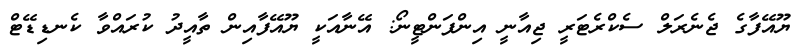
ޔޫއޭފާގެ ޖެނެރަލް ސެކްރެޓަރީ ޖިއާނީ އިންފަންޓީނޯ: އޭނާއަކީ ޔޫއޭފާއިން ތާއީދު ކުރައްވާ ކެނޑިޑޭޓް